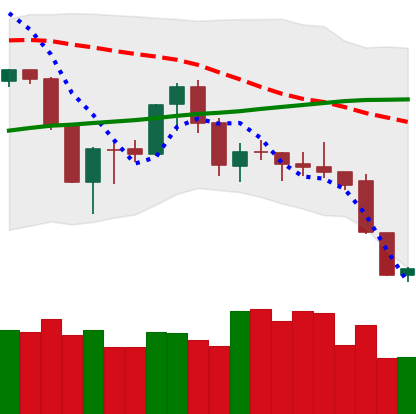
Ticker: XMR-USD
Chart end date: 2019-08-30
Forward return: 8.956%
Label: up_7plus